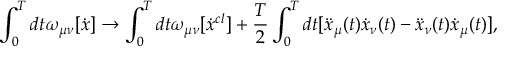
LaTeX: \int _ { 0 } ^ { T } { d t } \omega _ { \mu \nu } [ \dot { x } ] \to \int _ { 0 } ^ { T } { d t \omega _ { \mu \nu } } [ \dot { x } ^ { c l } ] + \frac { T } { 2 } \int _ { 0 } ^ { T } { d t [ \ddot { x } _ { \mu } } ( t ) \dot { x } _ { \nu } ( t ) - \ddot { x } _ { \nu } ( t ) \dot { x } _ { \mu } ( t ) ] ,